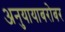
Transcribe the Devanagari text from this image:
अनुयायाबरोबर